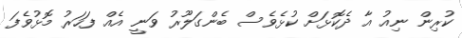
ކުރިން ނިއު އާ ދެކޮޅަށް ކުޅެވެސް ބެންގަލޫރު ވަނީ އެއް ފަހަރު މޮޅުވެފަ